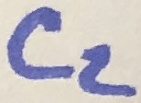
Text: C2